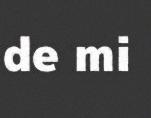
de mi